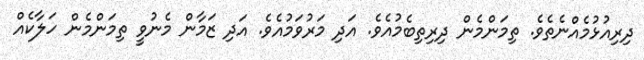
ދިރިއުޅުމެއްނެތެވެ. ތިމަންމެން ދިރިތިބެމުއެވެ. އަދި މަރުވަމުއެވެ. އަދި ޒަމާން މެނުވީ ތިމަންމެން ހަލާކެއް